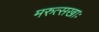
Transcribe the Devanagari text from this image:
मरुत्सखाः